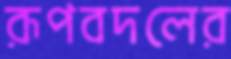
রূপবদলের